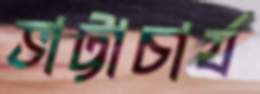
ভাট্টাচার্য